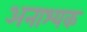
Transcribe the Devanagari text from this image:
अनाश्यक